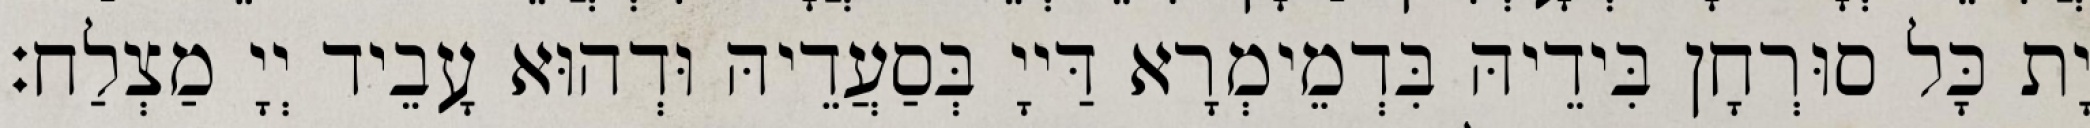
יָת כָּל סוּרְחָן בִּידֵיהּ בִּדְמֵימְרָא דַּייָ בְּסַעֲדֵיהּ וּדְהוּא עָבֵיד יְיָ מַצְלַח׃